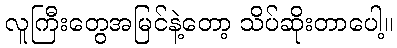
လူကြီးတွေအမြင်နဲ့တော့ သိပ်ဆိုးတာပေါ့။